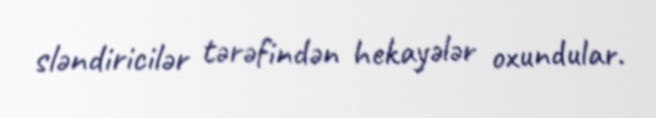
sləndiricilər tərəfindən hekayələr oxundular.